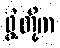
ဖွဲ့တို့က